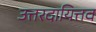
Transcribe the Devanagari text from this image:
उत्तरदायित्तव